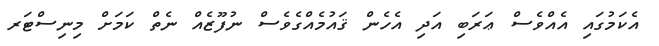
އެކަމުގައި އެއްވެސް ޢަރަބި އަދި އެހެން ޤައުމެއްގެވެސް ނުފޫޒެއް ނެތް ކަމަށް މިނިސްޓަރ